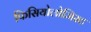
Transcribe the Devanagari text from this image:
फिसियोलोजिस्ट